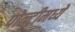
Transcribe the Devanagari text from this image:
पोल्ट्रीमध्ये